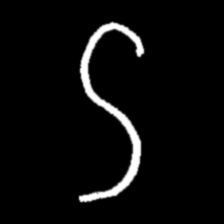
Pyu character \u2014 Myanmar letter: ဌ (romanized: ttha)